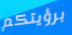
برؤيتكم